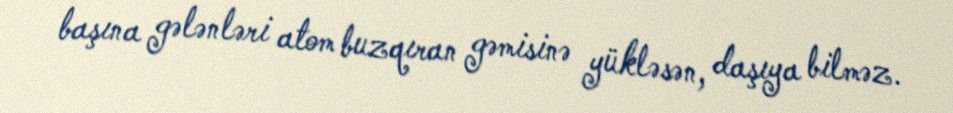
başına gələnləri atom buzqıran gəmisinə yükləsən, daşıya bilməz.